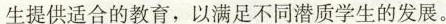
生提供适合的教育，以满足不同潜质学生的发展。